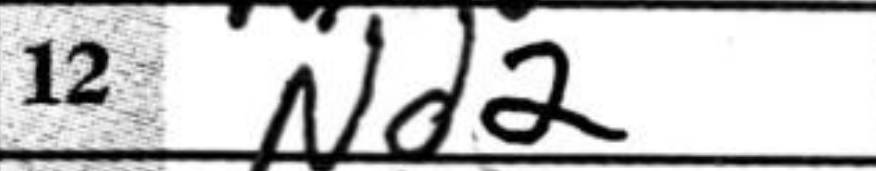
Transcription: Nd2